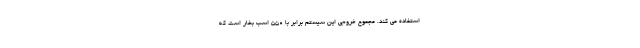
استفاده می کند. مجموع خروجی این سیستم برابر با 550 اسب بخار است که